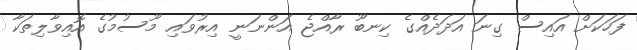
ފަހަކަށް އައިސް ގިނަ އަދަދެއްގެ ކިނބޫ ރާއްޖެ އަންނަނީ އިރުވައި މޫސުމުގެ އޮއިވާލިތަކާ